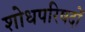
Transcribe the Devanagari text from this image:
शोधपरिषदों